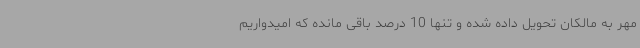
مهر به مالکان تحویل داده شده و تنها 10 درصد باقی مانده که امیدواریم